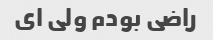
راضی بودم ولی ای